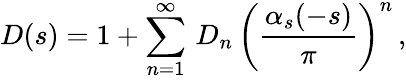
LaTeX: D(s)=1+\sum_{n=1}^{\infty}\, D_{n}\, \bigg({\frac{\alpha_{s}(-s)}{\pi}}\bigg)^{n}\, ,